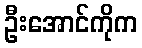
ဦးအောင်ကိုက